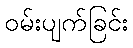
ဝမ်းပျက်ခြင်း